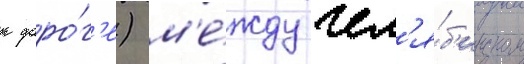
к доро́г'е) м'е́жду чел'я́б'инском